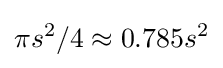
\pi s^{2}/4\approx 0.785s^{2}